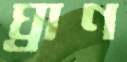
ঘ্রাণ